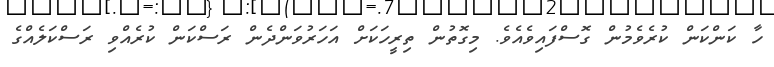
ހާ ކަންކަން ކުރެވެމުން ގޮސްފައިވެއެވެ. މިގޮތުން ތިރީހަކަށް އަހަރުވަންދެން ރަސްކަން ކުރެއްވި ރަސްކަލެއްގެ